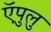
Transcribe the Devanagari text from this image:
ऍपुलु